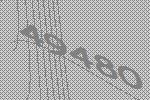
49480